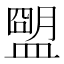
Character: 𥂗